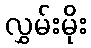
လွှမ်းမိုး